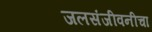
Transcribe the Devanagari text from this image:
जलसंजीवनीचा